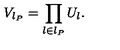
V _ { l _ { P } } = \prod _ { l \in l _ { P } } U _ { l } .